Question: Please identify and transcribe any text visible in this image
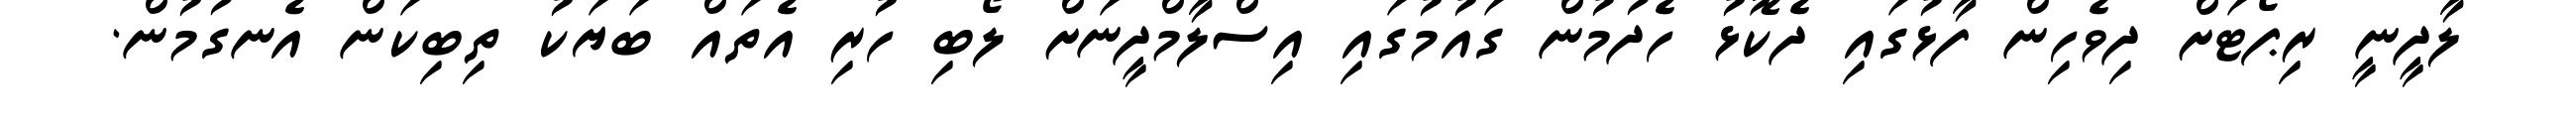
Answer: ލާދީނީ ރިޕޯޓަށް ދިވެހިން ފާޅުގައި ދެކޮޅު ހެދުމުން ގައުމުގައި އިސްލާމްދީނަށް ލޯބި ހުރި އެތައް ބަޔަކު ތިބިކަން އެނގުމުން.